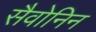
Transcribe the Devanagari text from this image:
सैवोनिन